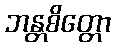
ဘန္တစိတ္တော